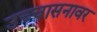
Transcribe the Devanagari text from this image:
उच्चासनावर